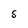
Character: S